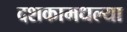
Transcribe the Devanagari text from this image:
दशकामधल्या